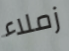
زملاء